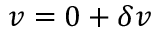
\boldsymbol { v } = \boldsymbol { 0 } + \delta \boldsymbol { v }